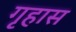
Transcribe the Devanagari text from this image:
गृहास